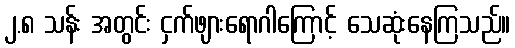
၂.၈ သန်း အတွင်း ငှက်ဖျားရောဂါကြောင့် သေဆုံးနေကြသည်။